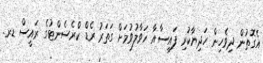
އެގޮތުން ދިވެހިން ހަދިޔާކުރި ފައިސާއާ ހަވާލުވުމަށް ގަތަރު ރެޑް ކްރެސެންޓުގެ ރައީސް ޑރ.